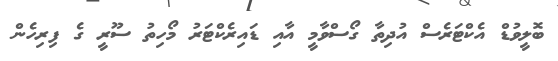
ބޮލީވުޑް އެކްޓަރެސް އުދިތާ ގޯސްވާމީ އާއި ޑައިރެކްޓަރު މޯހިތު ސޫރީ ގެ ފިރިހެން